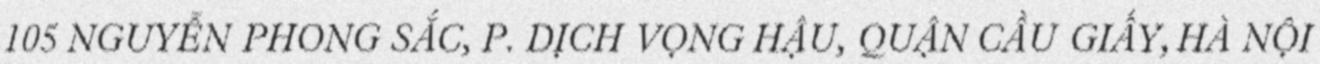
105 NGUYỄN PHONG SẮC, P. DỊCH VỌNG HẬU, QUẬN CẦU GIẤY, HÀ NỘI